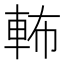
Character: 𨋞